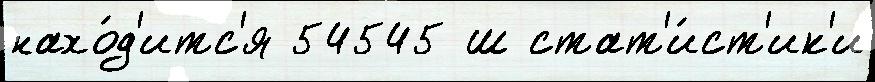
нахо́д'итс'я 54545 ш стат'и́ст'ик'и